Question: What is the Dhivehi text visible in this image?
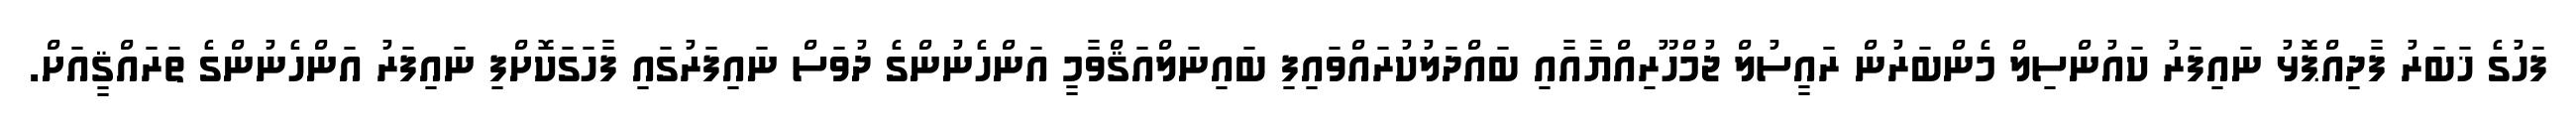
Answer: ފަހުގެ ޚަބަރު ފާދިއްޕޮޅު ނައިފަރު ކައުންސިލް މެންބަރުން ރައީސުލް ޖުމްހޫރިއްޔާއާއި ބައްދަލުކުރައްވައިފި ބައިނަލްއަޤްވާމީ އަންހެނުންގެ ދުވަސް ނައިފަރުގައި ފާހަގަކޮށްފި ނައިފަރު އަންހެނުންގެ ތަރައްޤީއަށް.